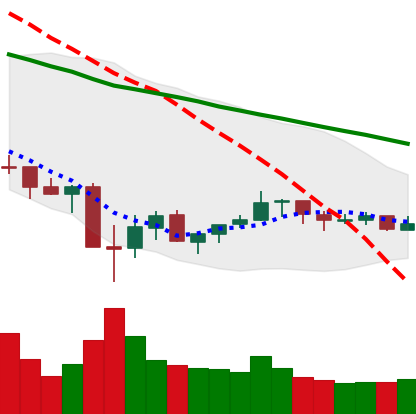
Ticker: XLM-USD
Chart end date: 2021-07-06
Forward return: -5.393%
Label: down_5_7